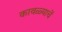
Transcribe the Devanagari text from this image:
कावळ्याचें